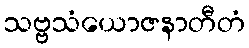
သဗ္ဗသံယောဇနာတီတံ